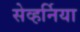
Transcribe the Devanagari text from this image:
सेव्हर्निया